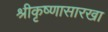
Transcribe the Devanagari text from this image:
श्रीकृष्णासारखा